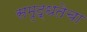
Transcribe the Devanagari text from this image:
समृद्धतेचा